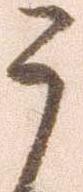
う